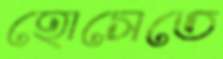
হোসেতে